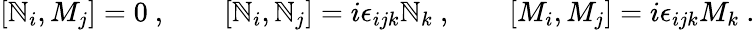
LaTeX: [\mathbb{N}_{i},M_{j}]=0\ ,\qquad[\mathbb{N}_{i},\mathbb{N}_{j}]=i\epsilon_{ijk}\mathbb{N}_{k}\ ,\qquad[M_{i},M_{j}]=i\epsilon_{ijk}M_{k}\ .